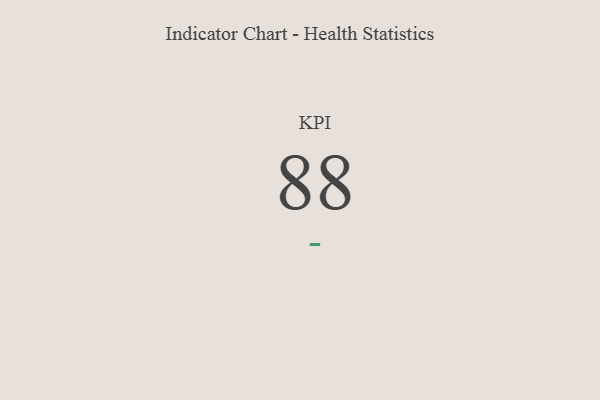
{"axis": {"x": "KPI", "y": "Value"}, "legend": [""], "data": [{"x": "KPI", "y": 88, "type": ""}]}